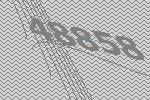
48858